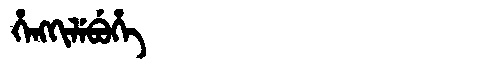
Manchu: ᡥᡝᠩᡴᡳᠯᡝᠪᡠᡥᡝ
Romanization: HENGKILEBUHE